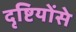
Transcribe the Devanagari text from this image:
दृष्टियोंसे